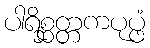
ပါရိစ္ဆတ္တကပုပ္ဖံ